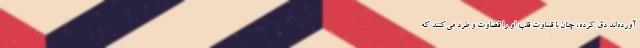
آورده‌اند دق كرده، چنان با قساوت قلب او را قضاوت و طرد می‌كنند كه